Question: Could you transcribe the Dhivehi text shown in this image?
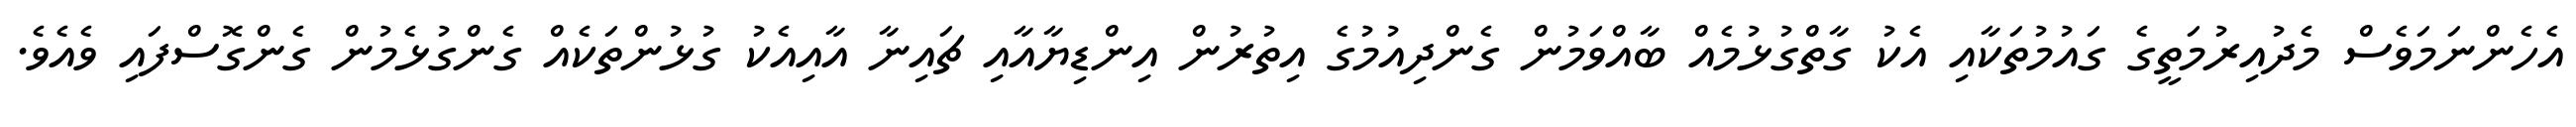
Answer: އެހެންނަމަވެސް މެދުއިރުމަތީގެ ގައުމުތަކާއި އެކު ގާތްގުޅުމެއް ބާއްވަމުން ގެންދިއުމުގެ އިތުރުން އިންޑިޔާއާއި ޗައިނާ އާއިއެކު ގުޅުންތަކެއް ގެންގުޅެމުން ގެންގޮސްފައި ވެއެވެ.